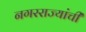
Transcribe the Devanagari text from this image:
नगरराज्यांची